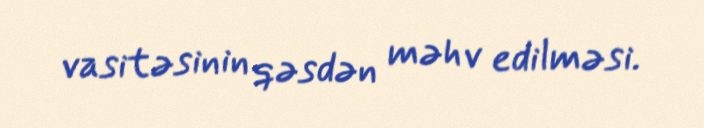
vasitəsinin qəsdən məhv edilməsi.